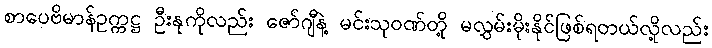
စာပေဗိမာန်ဥက္ကဋ္ဌ ဦးနုကိုလည်း ဇော်ဂျီနဲ့ မင်းသုဝဏ်တို့ မလွှမ်းမိုးနိုင်ဖြစ်ရတယ်လို့လည်း